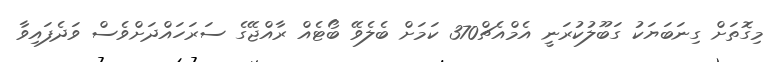
މިގޮތަށް ގިނަބަޔަކު ގަބޫލުކުރަނީ އެމްއެޗް370 ކަމަށް ބެލެވޭ ބޯޓެއް ރާއްޖޭގެ ސަރަހައްދަށްވެސް ވަދެފައިވާ